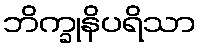
ဘိက္ခုနိပရိသာ